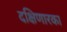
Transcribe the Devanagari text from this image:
दक्षिणारका